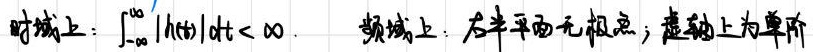
时域上：$\int_{-\infty}^{+\infty}|h(t)|dt < \infty$. 频域上：右半平面无极点；虚轴上为单阶